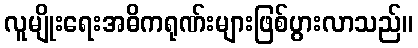
လူမျိုးရေးအဓိကရုဏ်းများဖြစ်ပွားလာသည်။